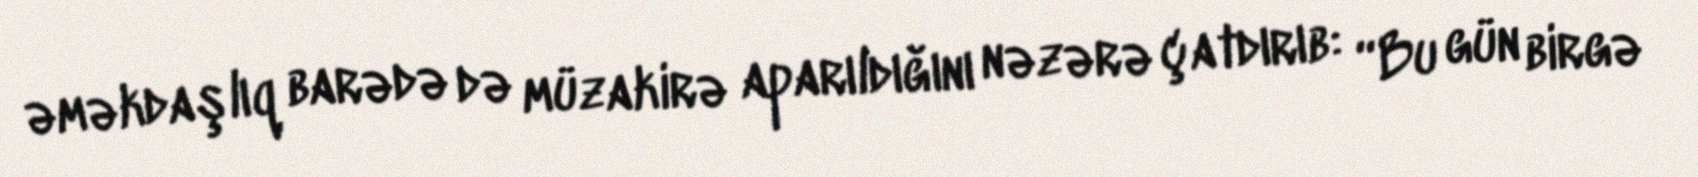
əməkdaşlıq barədə də müzakirə aparıldığını nəzərə çatdırıb: “Bu gün birgə